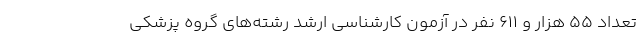
تعداد ۵۵ هزار و ۶۱۱ نفر در آزمون کارشناسی ارشد رشته‌های گروه پزشکی